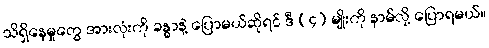
သိရှိနေမှုတွေ အားလုံးကို ခန္ဓာနဲ့ ပြောမယ်ဆိုရင် ဒီ (၄) မျိုးကို နာမ်လို့ ပြောရမယ်။